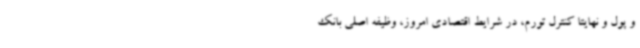
و پول و نهایتا کنترل تورم، در شرایط اقتصادی امروز، وظیفه اصلی بانک